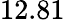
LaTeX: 12.81